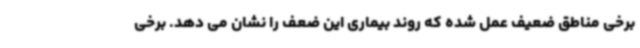
برخی مناطق ضعیف عمل شده که روند بیماری این ضعف را نشان می دهد. برخی